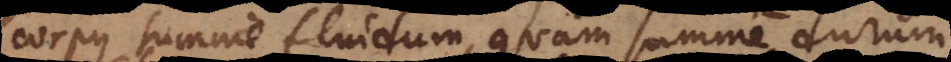
corpus summe fluidum, quam summe dur